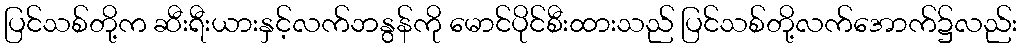
ပြင်သစ်တို့က ဆီးရီးယားနှင့်လက်ဘနွန်ကို မောင်ပိုင်စီးထားသည် ပြင်သစ်တို့လက်အောက်၌လည်း